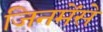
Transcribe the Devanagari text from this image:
जिनमेंसे